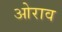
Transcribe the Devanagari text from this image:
ओराव